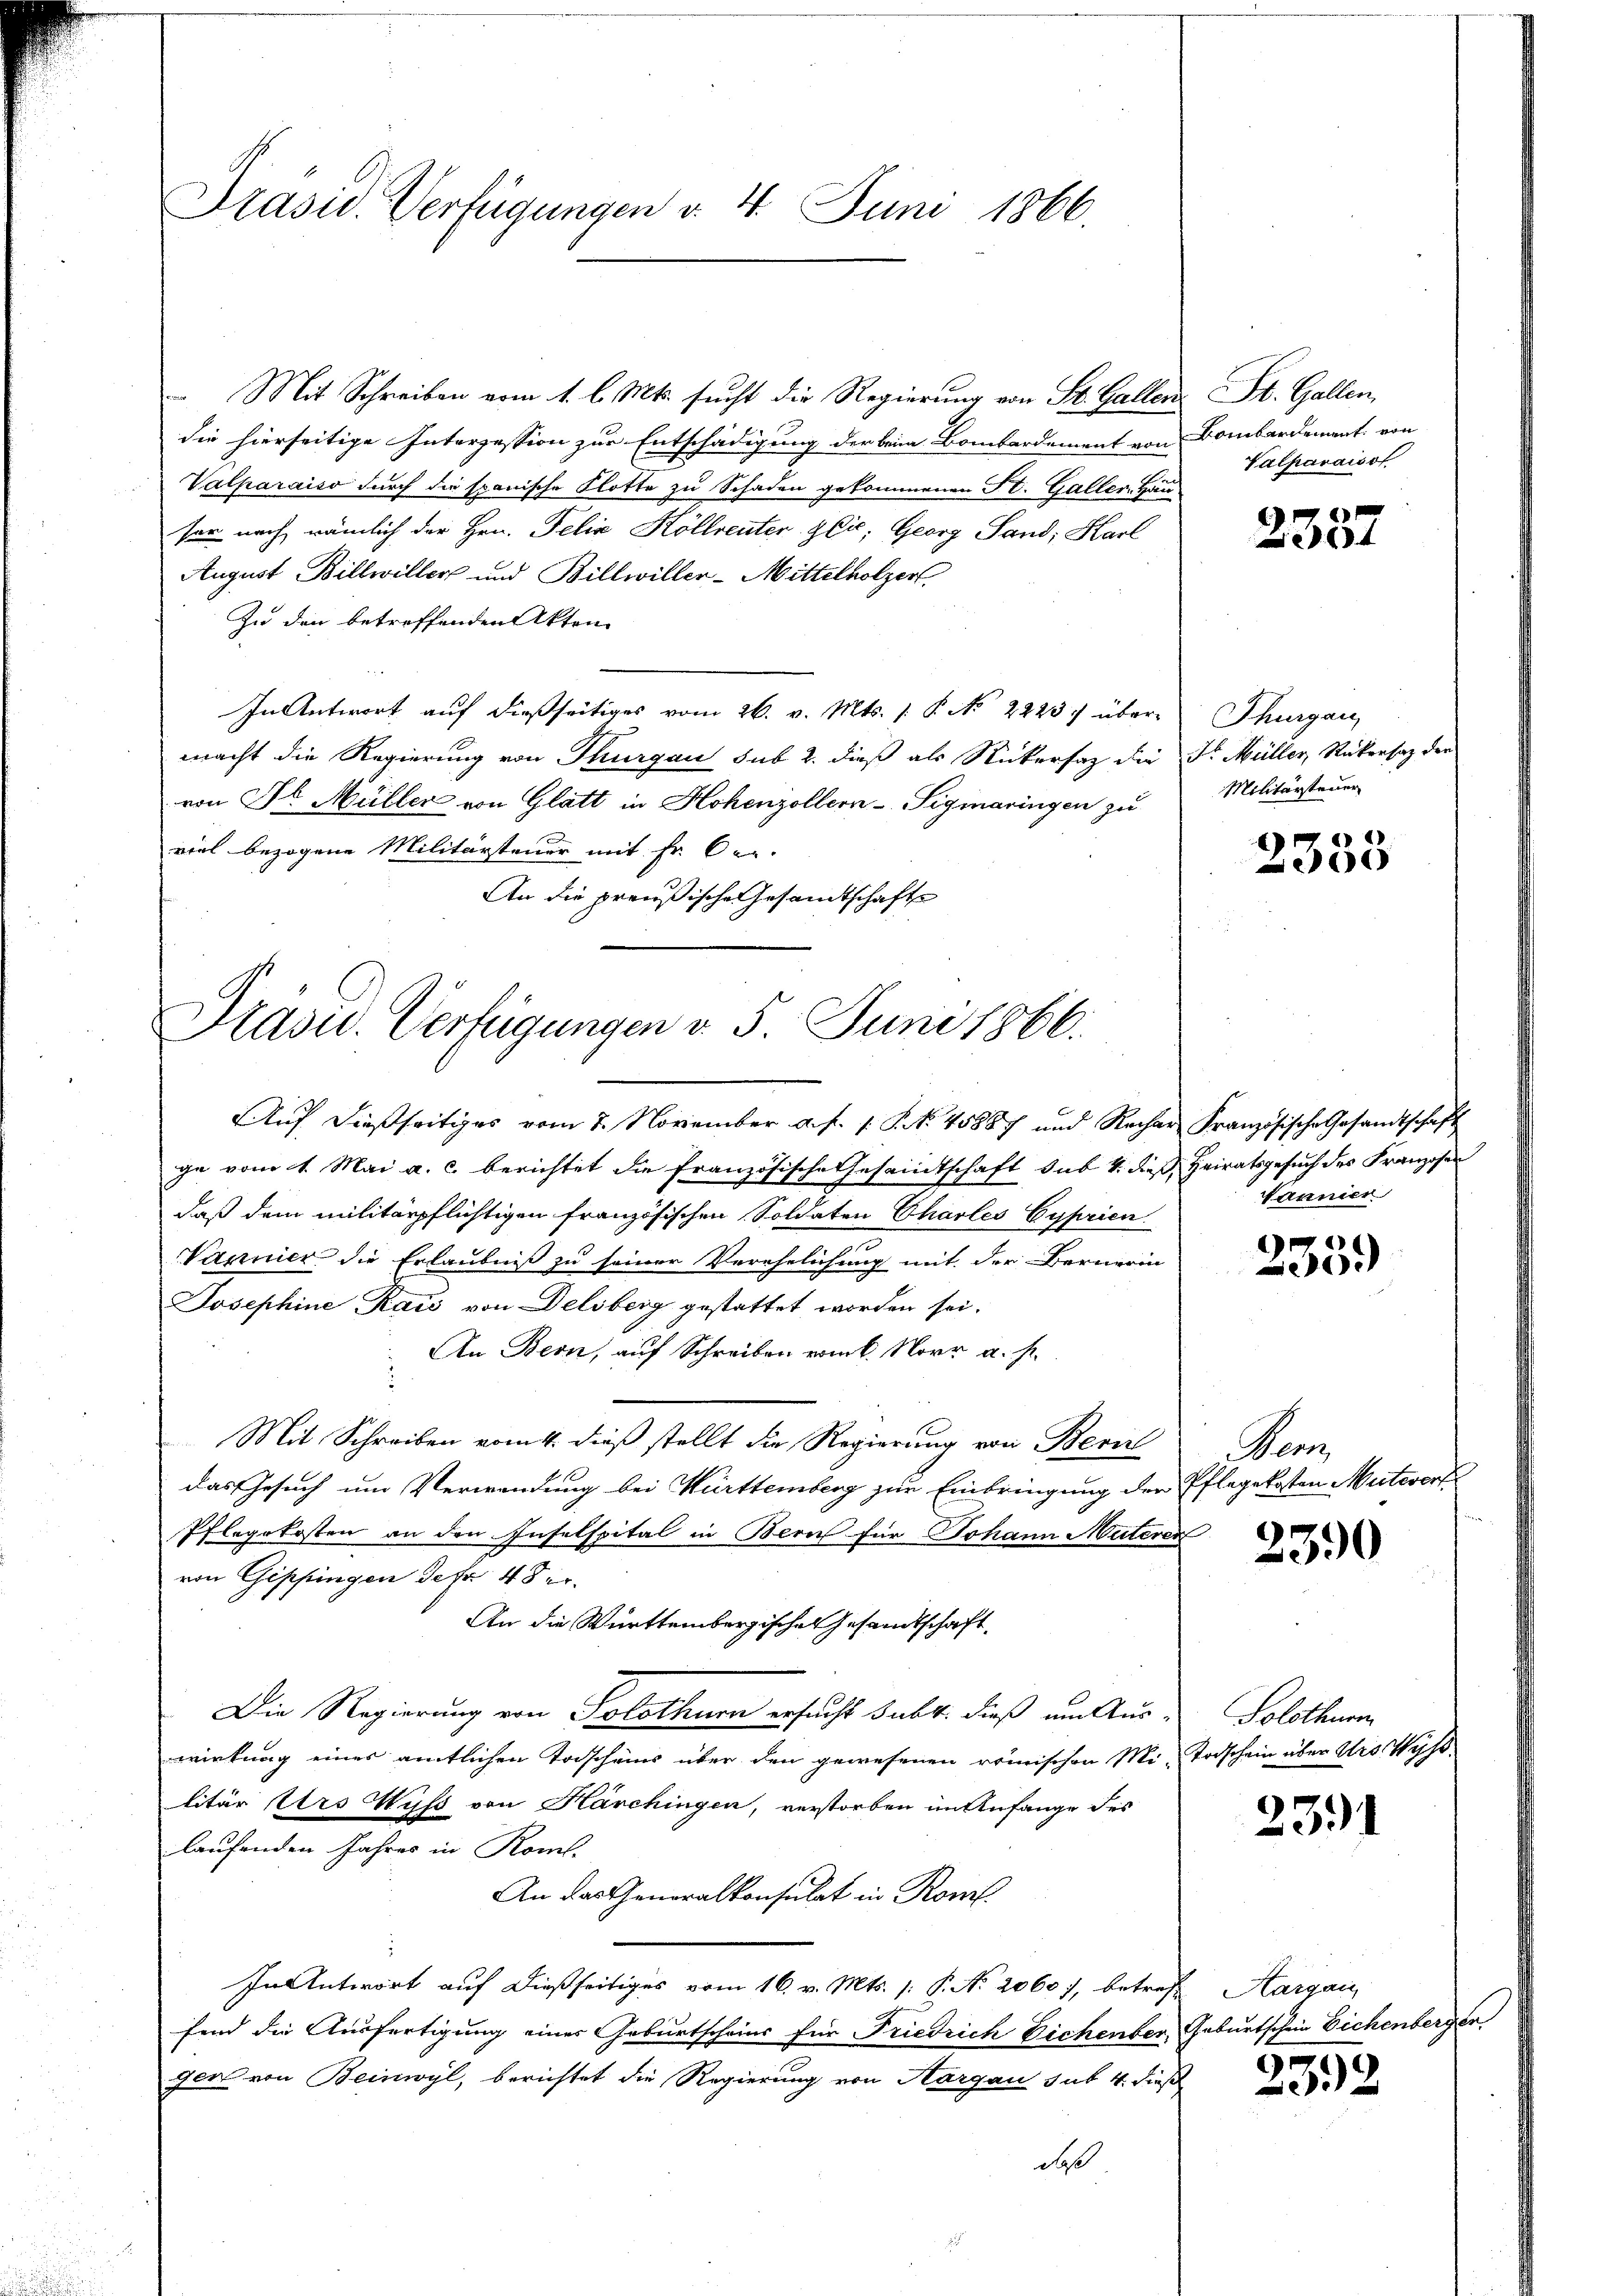
Präsid. Verfügungen v. 4. Juni 1866.

Mit Schreiben vom 1. l. Mts. sucht die Regierung von St. Gallen
die hierseitige Interzession zur Entschädigung der beim Bombardement von Bombardement von
Valparaiso durch die spanische Flotte zu Schaden gekommenen St. Galler Häu
ser nach, nämlich der Hrn. Felix Höllrenter Zeit. Georg Sand, Harl
August Billwiller und Billwiller-Mittelholzer
Zu den betreffenden Akten
In Antwort auf dießseitiges vom 26. v. Mts. 1. P. No. 2223) übermacht die Regierung von Thurgau sub 2. dieß als Rückersaz die Dr. Müller, Rückensaz der
von Dr. Müller von Glatt in Hohenzollern - Sigmaringen zu
viel bezogene Militärsteuer mit Fr. ber
An die preußische Gesandtschafte

Präsid.. Verfügungen v. 5. Juni 1866.

Auf dießseitiges vom 7. November a. f. s. S. N. 45887 und Recher Französische Gesandtschaft
ge vom 1. Mai a. c. berichtet die französische Gesandtschaft sub 1. dieß Heiratsgesuch des Franzosen
daß dem militärpflichtigen französischen Soldaten Charles Gyprien
Vannier die Erlaubniß zu seiner Verehelichung mit der Bernerin
Josephine Raić von Delsberg gestattet worden sei.
An Bern, auf Schreiben vom 6. Novr a. s.
Mit Schreiben vom 4. dieß stellt die Regierung von Bern
das Gesuch um Verwendung bei Württemberg zur Einbringung der Pflegekosten Mitworf
Pflegekosten an den Inselspital in Bern für Johann Meteren
von Gippingen Jefr 48 er
An die Württembergischen Gesandtschaft
Die Regierung von Solothurn ersucht subt: dieß um Aus-Solothurm
wirkung einer amtlichen Torscheins über den gewesenen römischen Mi-Todschein über Ars Wyss
litär Urs Wufs von Harchingen, verstorben im Anfange des
laufenden Jahres in Kom-
An das Generalkonsulat in Rom
In Antwort auf dießseitiges vom 16. v. Mts. (: P. Nr. 2060 /, betreff Aargau
fend die Ausfertigung eines Geburtscheins für Friedrich Eichenber, Geburtschein Eichenberger
gen von Beinwyl, berichtet die Regierung von Aargau sub 4 dieß
daß

St. Gallen,
Valparaiso

2357

Thurgau
Militärsteuer

2353

Nannier

e
6

Penz

2390

2391

23.2